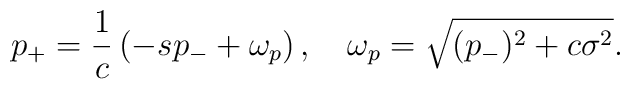
p_+={1 \over c}\left(-sp_-+\omega_p\right), \quad\omega_p=\sqrt{(p_-)^2+c\sigma^2}.